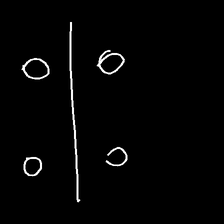
Glyph: cool